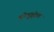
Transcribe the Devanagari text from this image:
श्रोतृवृंदात